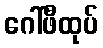
ဂေါ်ဖီထုပ်